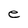
Character: e